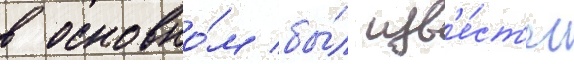
в основно́м бы́л изв'е́ст'ен